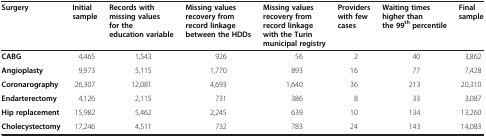
<table><thead><tr><td><b>Surgery</b></td><td><b>Initial sample</b></td><td><b>Records with missing values for the education variable</b></td><td><b>Missing values recovery from record linkage between the HDDs</b></td><td><b>Missing values recovery from record linkage with the Turin municipal registry</b></td><td><b>Providers with few cases</b></td><td><b>Waiting times higher than the 99<sup>th</sup>percentile</b></td><td><b>Final sample</b></td></tr></thead><tbody><tr><td><b>CABG</b></td><td>4,465</td><td>1,543</td><td>926</td><td>56</td><td>2</td><td>40</td><td>3,862</td></tr><tr><td><b>Angioplasty</b></td><td>9,973</td><td>5,115</td><td>1,770</td><td>893</td><td>16</td><td>77</td><td>7,428</td></tr><tr><td><b>Coronarography</b></td><td>26,307</td><td>12,081</td><td>4,693</td><td>1,640</td><td>36</td><td>213</td><td>20,310</td></tr><tr><td><b>Endarterectomy</b></td><td>4,126</td><td>2,115</td><td>731</td><td>386</td><td>8</td><td>33</td><td>3,087</td></tr><tr><td><b>Hip replacement</b></td><td>15,982</td><td>5,462</td><td>2,245</td><td>639</td><td>10</td><td>134</td><td>13,260</td></tr><tr><td><b>Cholecystectomy</b></td><td>17,246</td><td>4,511</td><td>732</td><td>783</td><td>24</td><td>143</td><td>14,083</td></tr></tbody></table>